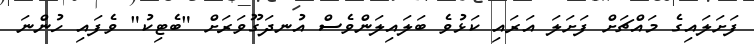
ފަށަލައިގެ މައްޗަށް ފަށަލަ އަރައި ކަޅުވެ ބަލައިލަންވެސް އުނދަގޫވަރަށް "ބެޓިކު" ވެފައި ހުންނަ